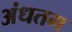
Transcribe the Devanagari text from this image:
अंधतम